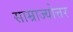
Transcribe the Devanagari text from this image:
साम्राज्योत्तर